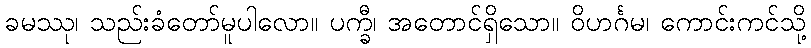
ခမဿု၊ သည်းခံတော်မူပါလော။ ပက္ခီ၊ အတောင်ရှိသော။ ဝိဟင်္ဂမ၊ ကောင်းကင်သို့